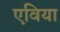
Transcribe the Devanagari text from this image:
एविया